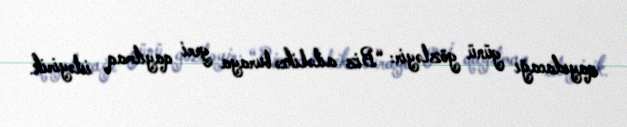
qayıdacağı günü gözləyir: “Biz ailəlikcə buraya geri qayıtmaq istəyirik.